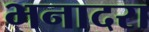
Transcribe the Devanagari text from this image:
भनादरा